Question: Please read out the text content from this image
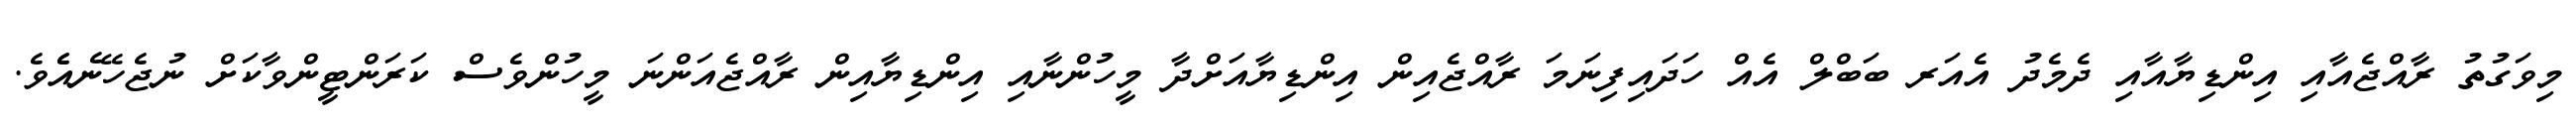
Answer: މިވަގުތު ރާއްޖެއާއި އިންޑިޔާއާއި ދެމެދު އެއަރ ބަބްލް އެއް ހަދައިފިނަމަ ރާއްޖެއިން އިންޑިޔާއަށްދާ މީހުންނާއި އިންޑިޔާއިން ރާއްޖެއަންނަ މީހުންވެސް ކަރަންޓީންވާކަށް ނުޖެހޭނެއެެވެ.